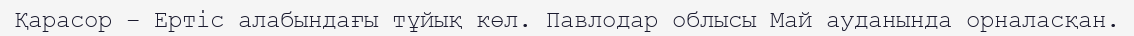
Қарасор – Ертіс алабындағы тұйық көл. Павлодар облысы Май ауданында орналасқан.